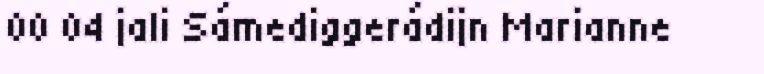
00 04 jali Sámediggerádijn Marianne